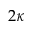
2 \kappa